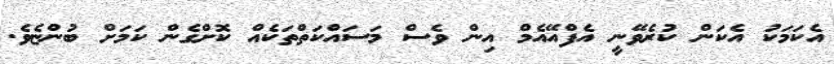
އެކަމަކު އެކަން ކުރެވޭނީ އެފްއޭއެމް އިން ވެސް މަސައްކަތްތަކެއް ކޮށްގެން ކަމަށް ބުންޏެވެ.